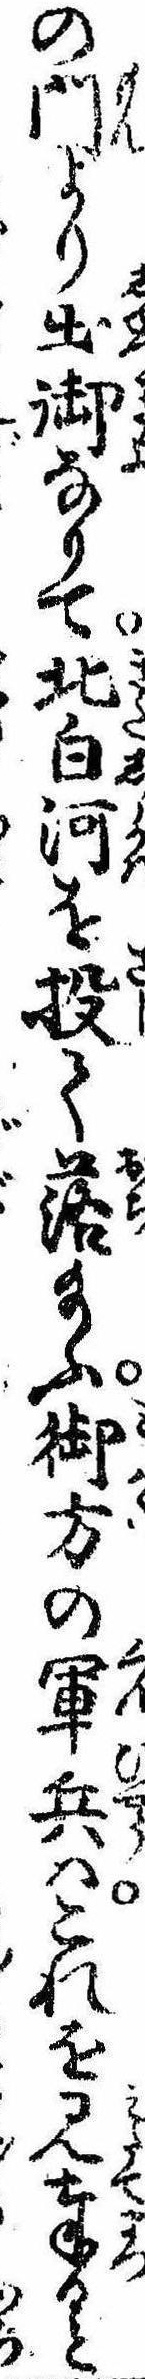
の門より出御なりて北白河を投て落給ふ御方の軍兵はこれを見奉ると